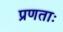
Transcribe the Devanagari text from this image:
प्रणताः